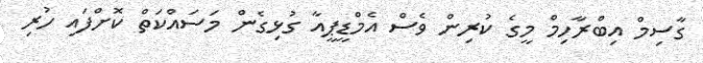
ގާސިމް އިބްރާހިމް މީގެ ކުރިން ވެސް އެމްޑީޕީއާ ގުޅިގެން މަސައްކަތް ކޮށްފައި ހުރި